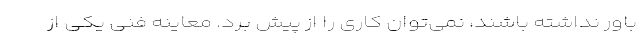
باور نداشته باشند، نمی‌توان کاری را از پیش برد. معاینه فنی یکی از